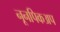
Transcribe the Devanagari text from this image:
नूनपिकअप